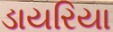
ડાયરિયા